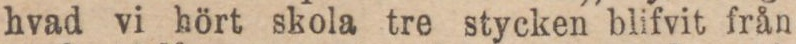
hvad vi hört skola tre stycken blifvit från